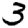
Digit: 3